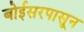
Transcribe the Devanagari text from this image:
बोईसरपासून